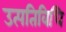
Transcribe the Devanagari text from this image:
उत्पतिविधि